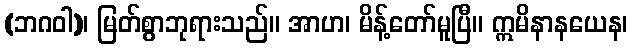
(ဘဂဝါ)၊ မြတ်စွာဘုရားသည်။ အာဟ၊ မိန့်တော်မူပြီ။ ဣမိနာနယေန၊